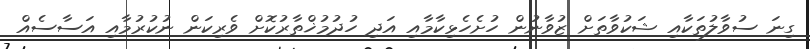
ގިނަ ސުވާލުތަކާއި ޝަކުވާތަށް ޒުވާނުން ހުށެހެޅިކާމާއި އަދި ހުދުމުޚްތާރުކޮށް ވެރިކަން ނުކުރުމާއި އަސާސެއް